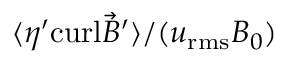
{ \langle \eta ^ { \prime } \mathrm { c u r l } { \vec { B } } ^ { \prime } \rangle } / ( u _ { \mathrm { r m s } } B _ { 0 } )